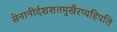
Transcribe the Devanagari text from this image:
सेनानीर्दशशतमुखैरप्यहिपति